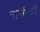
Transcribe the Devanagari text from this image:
नाभीची